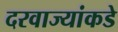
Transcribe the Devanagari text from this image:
दरवाज्यांकडे